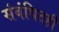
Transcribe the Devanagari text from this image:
संबंधितही